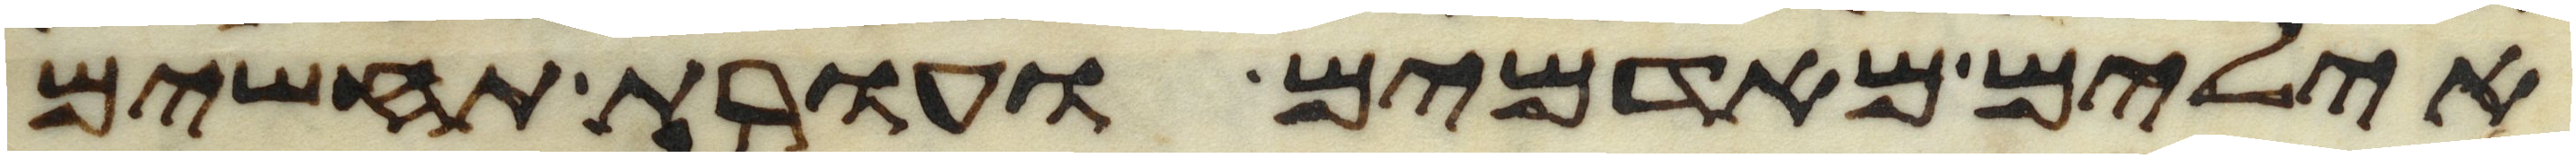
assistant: אילים מאדמים ועורת תחשים